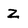
Character: Z